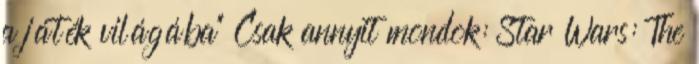
a játék világába" Csak annyit mondok: Star Wars: The